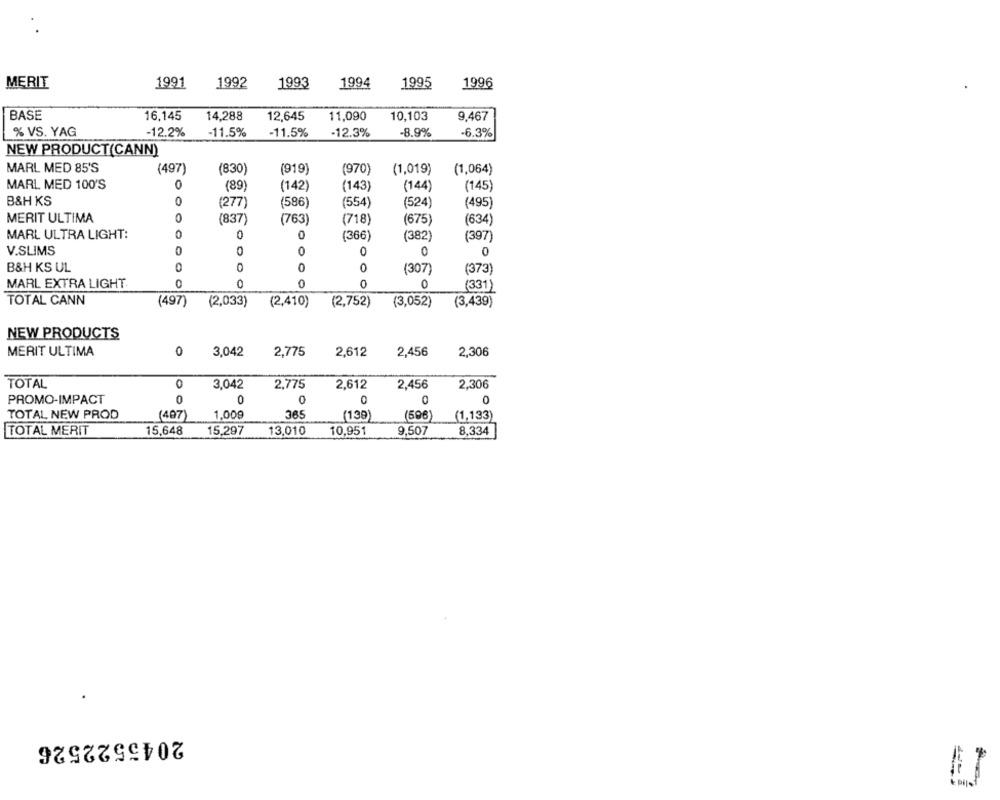
MERIT
1991
1992
1993
1994
1995
1996
BASE
16,145
14,288
12,645
11,090
10,103
9,467
% VS. YAG
-12.2%
-11.5%
-11.5%
-12.3%
-8.9%
-6.3%
NEW PRODUCT(CANN)
MARL MED 85'S
(497)
(919]
(830)
(970)
(1,019)
(1,064)
MARL MED 100'S
0
(89)
(142)
(143
(144)
(145)
B&H KS
0
(277)
(586)
(554
(524)
(495)
MERIT ULTIMA
(837
(763)
(718)
(675)
(634)
0
MARL ULTRA LIGHT:
0
0
(366)
(382)
(397)
V.SLIMS
0
0
0
B&H KS UL
0
0
0
(307)
(373)
MARL EXTRA LIGHT
0
0
0
0
(331)
TOTAL CANN
(497)
(2,033)
(2,410)
(2,752)
(3,052)
(3,439)
NEW PRODUCTS
MERIT ULTIMA
0
3.042
2,775
2,612
2,456
2,306
TOTAL
0
3,042
2,775
2,612
2,306
2,456
PROMO-IMPACT
0
0
0
0
0
0
TOTAL NEW PROD
(497)
1,009
365
(139
(596)
(1,133)
TOTAL MERIT
15,648
15,297
13,010
10,951
9,507
8,334
2045522526